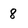
Character: 8